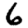
Digit: 6